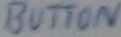
Text: BUTTON